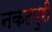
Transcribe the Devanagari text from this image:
नकटपुरी